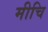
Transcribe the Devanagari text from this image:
मीचि